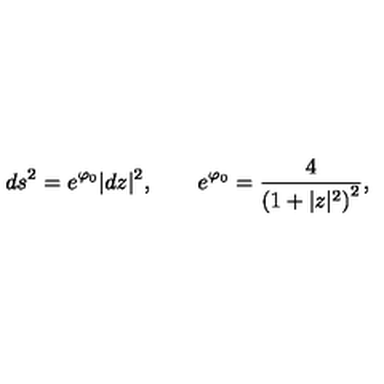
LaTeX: d s ^ { 2 } = e ^ { \varphi _ { 0 } } | d z | ^ { 2 } , \qquad e ^ { \varphi _ { 0 } } = { \frac { 4 } { \left( 1 + | z | ^ { 2 } \right) ^ { 2 } } } ,